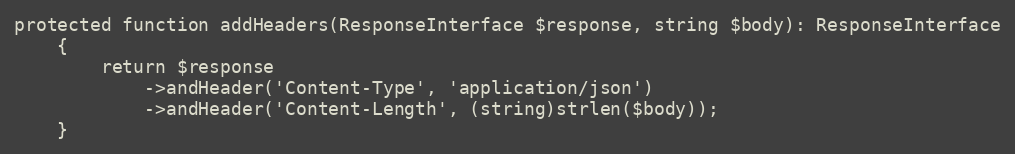
Language: PHP
protected function addHeaders(ResponseInterface $response, string $body): ResponseInterface
    {
        return $response
            ->andHeader('Content-Type', 'application/json')
            ->andHeader('Content-Length', (string)strlen($body));
    }